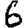
Digit: 6